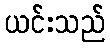
ယင်းသည်